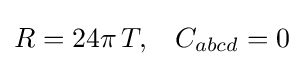
R=24\pi \,T,\;\;\;C_{abcd}=0